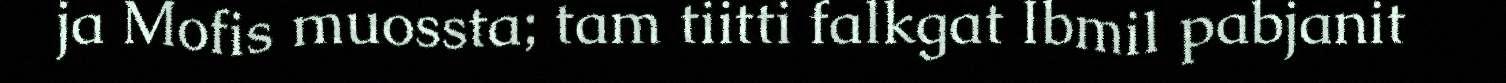
ja Mofis muossta; tam tiitti falkgat Ibmil pabjanit